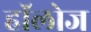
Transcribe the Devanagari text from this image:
हाॅलोज